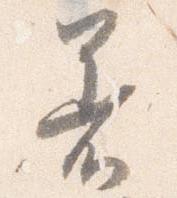
着